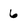
Character: 6